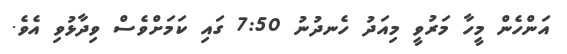
އަންހެން މީހާ މަރުވީ މިއަދު ހެނދުނު 7:50 ގައި ކަމަށްވެސް ވިދާޅުވި އެވެ.